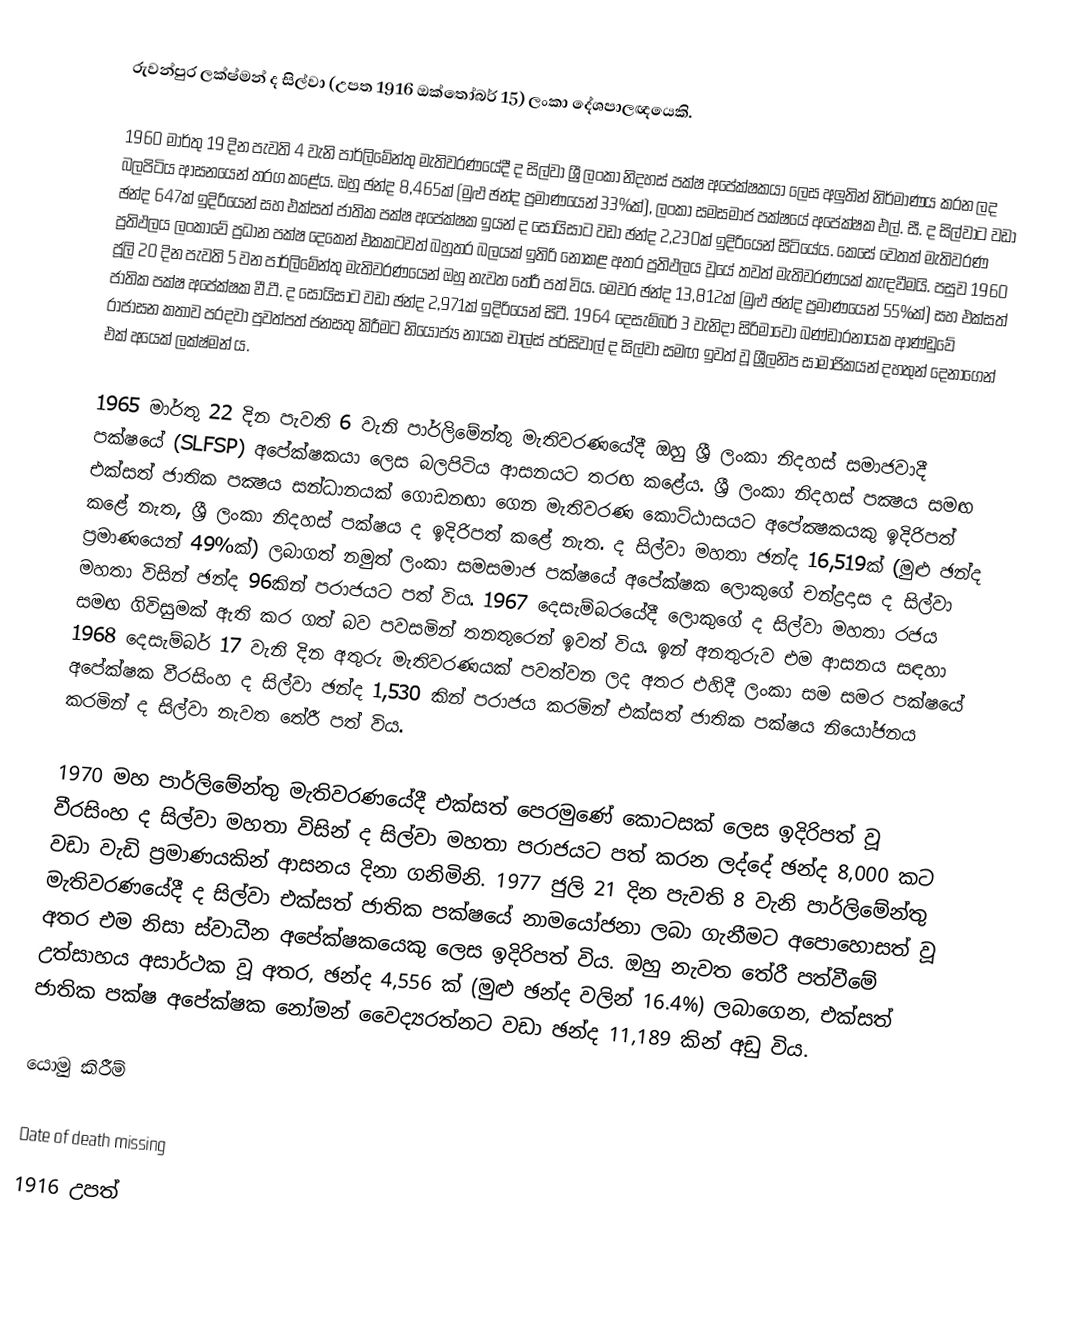
රුවන්පුර ලක්ෂ්මන් ද සිල්වා (උපත 1916 ඔක්තෝබර් 15) ලංකා දේශපාලඥයෙකි.

1960 මාර්තු 19 දින පැවති 4 වැනි පාර්ලිමේන්තු මැතිවරණයේදී ද සිල්වා ශ්‍රී ලංකා නිදහස් පක්ෂ අපේක්ෂකයා ලෙස අලුතින් නිර්මාණය කරන ලද බලපිටිය ආසනයෙන් තරග කළේය. ඔහු ඡන්ද 8,465ක් (මුළු ඡන්ද ප්‍රමාණයෙන් 33%ක්), ලංකා සමසමාජ පක්ෂයේ අපේක්ෂක එල්. සී. ද සිල්වාට වඩා ඡන්ද 647ක් ඉදිරියෙන් සහ එක්සත් ජාතික පක්ෂ අපේක්ෂක ඉයන් ද සොයිසාට වඩා ඡන්ද 2,230ක් ඉදිරියෙන් සිටියේය. කෙසේ වෙතත් මැතිවරණ ප්‍රතිඵලය ලංකාවේ ප්‍රධාන පක්ෂ දෙකෙන් එකකටවත් බහුතර බලයක් ඉතිරි නොකළ අතර ප්‍රතිඵලය වූයේ තවත් මැතිවරණයක් කැඳවීමයි. පසුව 1960 ජූලි 20 දින පැවති 5 වන පාර්ලිමේන්තු මැතිවරණයෙන් ඔහු නැවත තේරී පත් විය. මෙවර ඡන්ද 13,812ක් (මුළු ඡන්ද ප්‍රමාණයෙන් 55%ක්) සහ එක්සත් ජාතික පක්ෂ අපේක්ෂක වී.ටී. ද සොයිසාට වඩා ඡන්ද 2,971ක් ඉදිරියෙන් සිටී.  1964 දෙසැම්බර් 3 වැනිදා සිරිමාවෝ බණ්ඩාරනායක ආණ්ඩුවේ රාජාසන කතාව පරදවා පුවත්පත් ජනසතු කිරීමට නියෝජ්‍ය නායක චාල්ස් පර්සිවාල් ද සිල්වා සමඟ ඉවත් වූ ශ්‍රීලනිප සාමාජිකයන් දහතුන් දෙනාගෙන් එක් අයෙක් ලක්ෂ්මන් ය.

1965 මාර්තු 22 දින පැවති 6 වැනි පාර්ලිමේන්තු මැතිවරණයේදී ඔහු ශ්‍රී ලංකා නිදහස් සමාජවාදී පක්ෂයේ (SLFSP) අපේක්ෂකයා ලෙස බලපිටිය ආසනයට තරඟ කළේය. ශ්‍රී ලංකා නිදහස්‌ පක්‍ෂය සමඟ එක්‌සත් ජාතික පක්‍ෂය සන්ධානයක්‌ ගොඩනඟා ගෙන මැතිවරණ කොට්‌ඨාසයට අපේක්‍ෂකයකු ඉදිරිපත් කළේ නැත, ශ්‍රී ලංකා නිදහස්‌ පක්‌ෂය ද ඉදිරිපත් කළේ නැත. ද සිල්වා මහතා ඡන්ද 16,519ක් (මුළු ඡන්ද ප්‍රමාණයෙන් 49%ක්) ලබාගත් නමුත් ලංකා සමසමාජ පක්ෂයේ අපේක්ෂක ලොකුගේ චන්ද්‍රදාස ද සිල්වා මහතා විසින් ඡන්ද 96කින් පරාජයට පත් විය.  1967 දෙසැම්බරයේදී ලොකුගේ ද සිල්වා මහතා රජය සමඟ ගිවිසුමක් ඇති කර ගත් බව පවසමින් තනතුරෙන් ඉවත් විය.  ඉන් අනතුරුව එම ආසනය සඳහා 1968 දෙසැම්බර් 17 වැනි දින අතුරු මැතිවරණයක් පවත්වන ලද අතර එහිදී ලංකා සම සමර පක්ෂයේ අපේක්ෂක වීරසිංහ ද සිල්වා ඡන්ද 1,530 කින් පරාජය කරමින් එක්සත් ජාතික පක්ෂය නියෝජනය කරමින් ද සිල්වා නැවත තේරී පත් විය.

1970 මහ පාර්ලිමේන්තු මැතිවරණයේදී එක්සත් පෙරමුණේ කොටසක් ලෙස ඉදිරිපත් වූ වීරසිංහ ද සිල්වා මහතා විසින් ද සිල්වා මහතා පරාජයට පත් කරන ලද්දේ ඡන්ද 8,000 කට වඩා වැඩි ප්‍රමාණයකින් ආසනය දිනා ගනිමිනි.  1977 ජුලි 21 දින පැවති 8 වැනි පාර්ලිමේන්තු මැතිවරණයේදී ද සිල්වා එක්සත් ජාතික පක්ෂයේ නාමයෝජනා ලබා ගැනීමට අපොහොසත් වූ අතර එම නිසා ස්වාධීන අපේක්ෂකයෙකු ලෙස ඉදිරිපත් විය. ඔහු නැවත තේරී පත්වීමේ උත්සාහය අසාර්ථක වූ අතර, ඡන්ද 4,556 ක් (මුළු ඡන්ද වලින් 16.4%) ලබාගෙන, එක්සත් ජාතික පක්ෂ අපේක්ෂක නෝමන් වෛද්‍යරත්නට වඩා ඡන්ද 11,189 කින් අඩු විය.

යොමු කිරීම්

Date of death missing
1916 උපත්